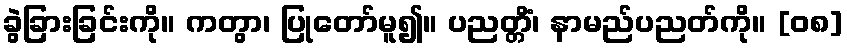
ခွဲခြားခြင်းကို။ ကတွာ၊ ပြုတော်မူ၍။ ပညတ္တိံ၊ နာမည်ပညတ်ကို။ [၀၈]